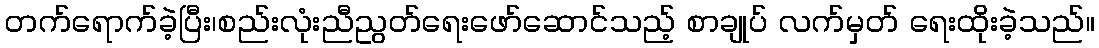
တက်ရောက်ခဲ့ပြီး၊စည်းလုံးညီညွတ်ရေးဖော်ဆောင်သည့် စာချုပ် လက်မှတ် ရေးထိုးခဲ့သည်။